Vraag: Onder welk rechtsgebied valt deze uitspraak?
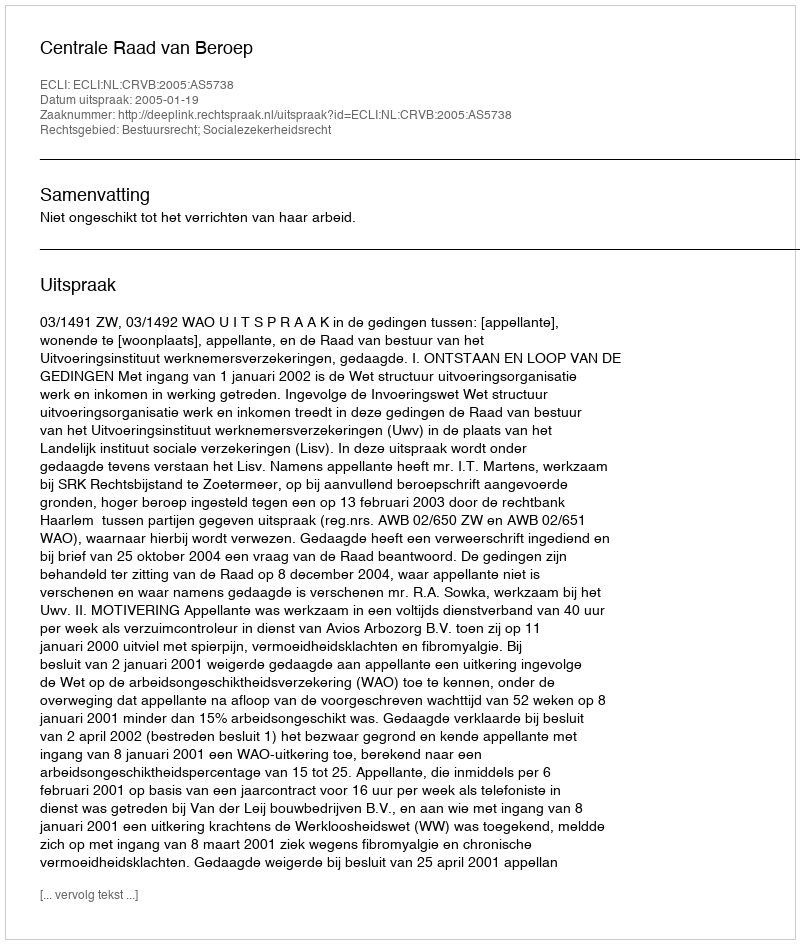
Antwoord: Bestuursrecht; Socialezekerheidsrecht